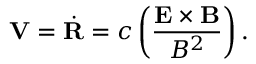
{ \bf V } = \dot { \bf R } = c \left( { \frac { \bf E \times B } { B ^ { 2 } } } \right) .